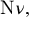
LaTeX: \mathrm { N } \nu ,